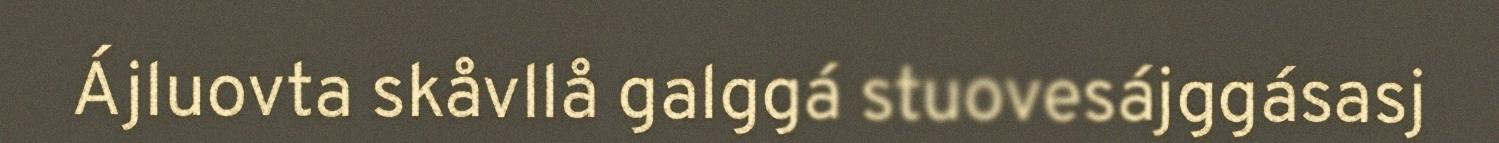
Ájluovta skåvllå galggá stuovesájggásasj